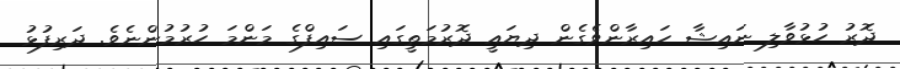
ދޮރު ހުޅުވާލި ނައިޝާ ހައިރާންވެގެން ދިޔައީ ދޮރުމަތީގައި ސައިފްގެ މަންމަ ހުރުމުންނެވެ. ދަރިފުޅު